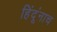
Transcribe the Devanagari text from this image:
हिंदूंनाच